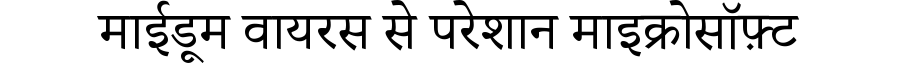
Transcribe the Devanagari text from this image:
माईडूम वायरस से परेशान माइक्रोसॉफ़्ट